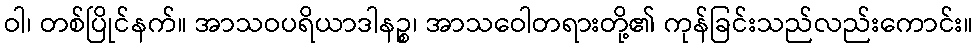
ဝါ၊ တစ်ပြိုင်နက်။ အာသဝပရိယာဒါနဉ္စ၊ အာသဝေါတရားတို့၏ ကုန်ခြင်းသည်လည်းကောင်း။